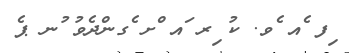
ިފ ެއ ެވ. ކު ިރ ައ ްށ ެގންދެވު ުނ ޕެ